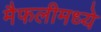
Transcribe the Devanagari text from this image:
मैफलीमध्ये